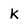
Character: k